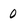
Character: 0